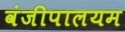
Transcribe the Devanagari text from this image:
वंजीपालयम